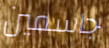
جاسمين